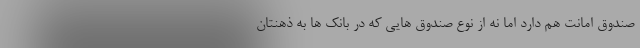
صندوق امانت هم دارد اما نه از نوع صندوق هایی که در بانک ها به ذهنتان